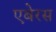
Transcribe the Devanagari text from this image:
एबेरस